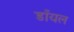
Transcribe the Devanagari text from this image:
डाँयल